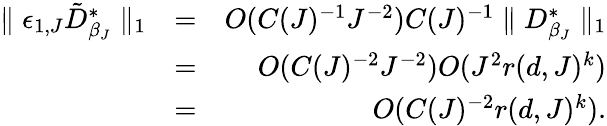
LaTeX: \begin{array}{rlr}{\parallel\epsilon_{1,J}\tilde{D}_{\beta_{J}}^{*}\parallel_{1}}&{=}&{O(C(J)^{-1}J^{-2})C(J)^{-1}\parallel D_{\beta_{J}}^{*}\parallel_{1}}\\ &{=}&{O(C(J)^{-2}J^{-2})O(J^{2}r(d,J)^{k})}\\ &{=}&{O(C(J)^{-2}r(d,J)^{k}).}\end{array}